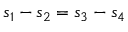
s _ { 1 } - s _ { 2 } = s _ { 3 } - s _ { 4 }